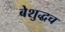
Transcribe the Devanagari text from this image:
बेशुद्धच